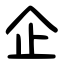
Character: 企